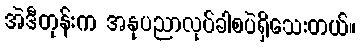
အဲဒီတုန်းက အနုပညာလုပ်ခါစပဲရှိသေးတယ်။